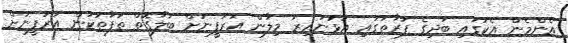
އެންމެން އެކުގައި ބަދިގެ ފަރާތުގައި އުޅުނުއިރު މިލާން އަރުފީނަށް ބަލާގޮތް ތަފާތުކަން އަރުފީނަށް